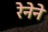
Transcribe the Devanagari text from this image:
रेनेने